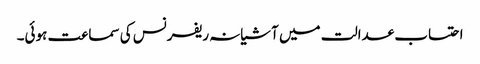
احتساب عدالت میں آشیانہ ریفرنس کی سماعت ہوئی۔